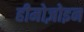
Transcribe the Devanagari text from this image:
हीमोज़ोइन